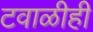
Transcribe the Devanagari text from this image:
टवाळीही